Report of the Indian Hemp Drugs Commission, 1894-1895 - Volume III
Year: 1894
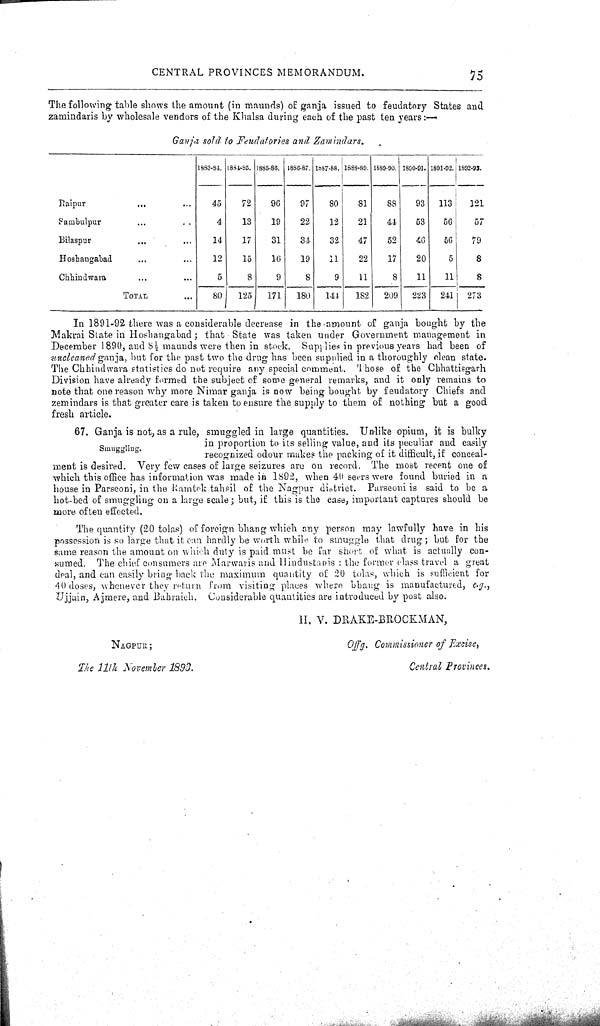
CENTRAL PROVINCES MEMORANDUM.
75
The following table shows the amount (in maunds) of ganja issued to feudatory States and
zamindaris by wholesale vendors of the Khalsa during each of the past ten years:—
Ganja sold to Feudatories and Zamindars.
1883-84. 1884-85. 1885-86. 1886-87. 1887-88. 1888-89. 1889-90. 1890-91.
93
1891-92. 1892-93.
Raipur
45
72
96
97
80
81
88
1890-91.
93 113 121
Sambul pur
4
13
19
22
12
21
44
53 56
57
Bilaspur
14
17
31
34
32
47
52
46 56 79
Hoshangabad
12
15
16
19
11
22
17
20
58 8
Chhindwara
5
8
9
8
9
11
8
11
11
8
TOTAL
80 125 171 180 144 182 209 223 241 273
In 1891-92 there was a considerable decrease in the amount of ganja bought by the
Makrai State in Hoshangabad; that State was taken under Government management in
December 1890, and 81/2 maunds were then in stock. Supplies in previous years had been of
uncleaned ganja, but for the past two the drug has been supplied in a thoroughly clean state.
The Chhindwara statistics do not require any special comment. Those of the Chhattisgarh
Division have already formed the subject of some general remarks, and it only remains to
note that one reason why more Nimar ganja is now being bought by feudatory Chiefs and
zemindars is that greater care is taken to ensure the supply to them of nothing but a good
fresh article.
Smuggling.
67. Ganja is not, as a rule, smuggled in large quantities. Unlike opium, it is bulky
in proportion to its selling value, and its peculiar and easily
recognized odour makes the packing of it difficult, if conceal-
ment is desired. Very few cases of large seizures are on record. The most recent one of
which this office has information was made in 1892, when 40 seers were found buried in a
house in Parseoni, in the Ramtek tahsil of the Nagpur district. Parseoni is said to be a
hot-bed of smuggling on a large scale; but, if this is the case, important captures should be
more often effected.
The quantity (20 tolas) of foreign bhang which any person may lawfully have in his
possession is so large that it can hardly be worth while to smuggle that drug; but for the
same reason the amount on which duty is paid must be far short of what is actually con-
sumed. The chief consumers are Marwaris and Hindustanis: the former class travel a great
deal, and can easily bring back the maximum quantity of 20 tolas, which is sufficient for
40 doses, whenever they return from visiting places where bhang is manufactured, e.g.,
Ujjain, Ajmere, and Bahraich. Considerable quantities are introduced by post also.
H. V. DRAKE-BROCKMAN,
NAGPUR;
Offg.
Commissioner of Excise,
The 11th November 1893.
Central Provinces.